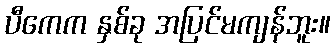
ပီကေက နှစ်ခု အပြင်မကျန်ဘူး။